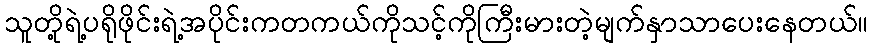
သူတို့ရဲ့ပရိုဖိုင်းရဲ့အပိုင်းကတကယ်ကိုသင့်ကိုကြီးမားတဲ့မျက်နှာသာပေးနေတယ်။